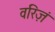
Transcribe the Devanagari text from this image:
वरिज़ं